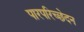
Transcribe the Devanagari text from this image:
पारपरिच्छेदन